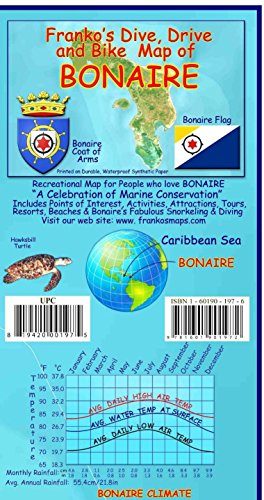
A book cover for Bonaire Dive & Adventure Guide Franko Maps Waterproof Map; Franko Maps Ltd.; Travel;